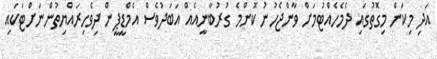
އަދި މިކަން މިގޮތުގައި ދެމެހެއްޓުމަށް ވާންޖެހުނު ކޮންމެ ގުރުބާނީއެއް އަބަދުވެސް އެމްޑީޕީން ދިވެހިރައްޔިތުންނަށްޓަކައި